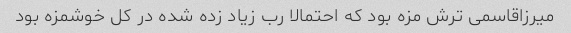
میرزاقاسمی ترش مزه بود که احتمالا رب زیاد زده شده در کل خوشمزه بود